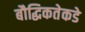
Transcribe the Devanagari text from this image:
बौद्धिकतेकडे